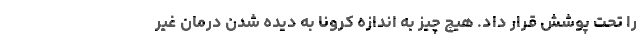
را تحت پوشش قرار داد. هیچ چیز به اندازه کرونا به دیده شدن درمان غیر